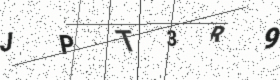
Text: JPT3R9